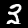
Label: 3